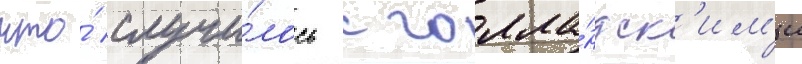
что́ случи́лось с голла́ндск'им'и